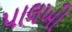
પાલખી